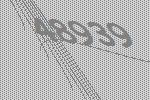
48939